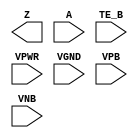
module sky130_fd_sc_lp__busdrivernovlp (
    Z   ,
    A   ,
    TE_B,
    VPWR,
    VGND,
    VPB ,
    VNB
);

    output Z   ;
    input  A   ;
    input  TE_B;
    input  VPWR;
    input  VGND;
    input  VPB ;
    input  VNB ;
endmodule